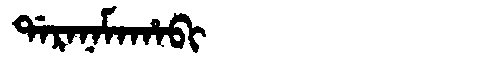
Manchu: ᡩᠠᡵᠠᠨᠠᠮᠠᡥᠠᠪᡳ
Romanization: DARANAMAHABI